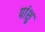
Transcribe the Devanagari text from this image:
पांशु